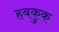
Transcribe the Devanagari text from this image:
हबकुक